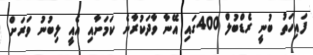
ފައިހަތު ބުނީ ރެޑްބުލް 400ގައި އޭނާ ވާދަކުރާނެ ކަމަށާއި އެއީ ލިބުނު ވަރަށް